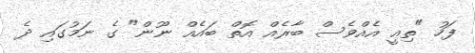
ފަހު "ތިއީ އެއްވެސް ބާރެއް އޮތް ބައެއް ނޫން" ގެ ނަމުގައި ދެ